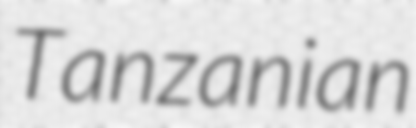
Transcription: Tanzanian